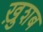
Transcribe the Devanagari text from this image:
ख़ुशब